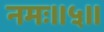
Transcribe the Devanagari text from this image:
नमः॥५॥